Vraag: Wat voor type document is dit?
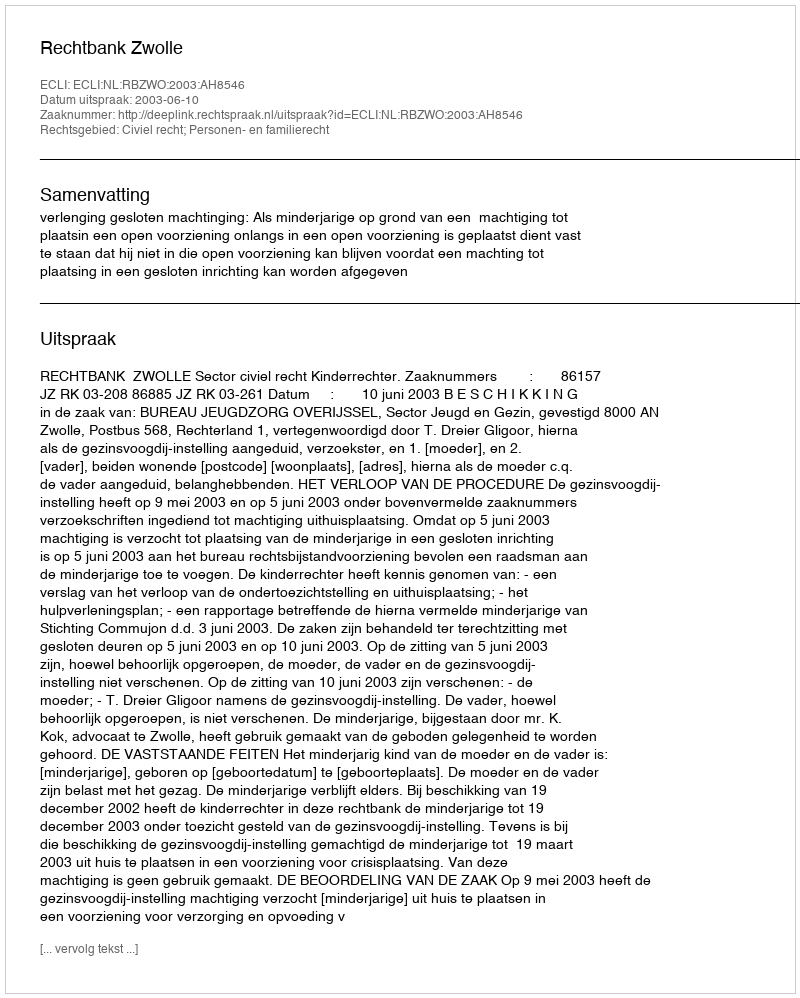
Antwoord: Uitspraak